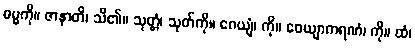
ဓမ္မကို။ ဇာနာတိ၊ သိ၏။ သုတ္တံ၊ သုတ်ကို။ ဂေယျံ၊ ကို။ ဝေယျာကရဏံ၊ ကို။ ထံ၊